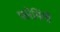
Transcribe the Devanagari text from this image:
फ्लेमिंगों